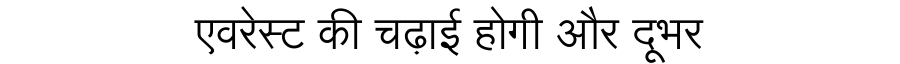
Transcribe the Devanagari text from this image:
एवरेस्ट की चढ़ाई होगी और दूभर